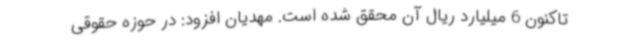
تاکنون 6 میلیارد ریال آن محقق شده است. مهدیان افزود: در حوزه حقوقی